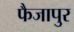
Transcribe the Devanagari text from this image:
फैजापुर